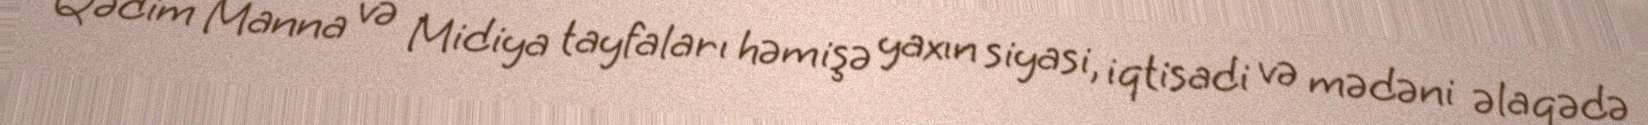
Qədim Manna və Midiya tayfaları həmişə yaxın siyasi, iqtisadi və mədəni əlaqədə